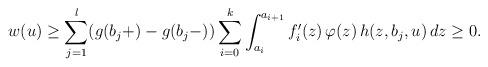
LaTeX: \begin{align*}w(u)&\geq \sum_{j=1}^{l} (g(b_j+)-g(b_j-)) \sum_{i=0}^{k}\int_{a_i}^{a_{i+1}}f_i'(z)\,\varphi(z) \, h(z,b_j,u)\, dz\geq 0.\end{align*}